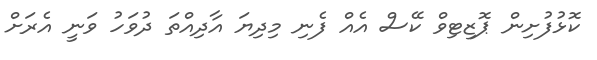
ކޮޅުފުށިން ޕޮޒިޓިވް ކޭސް އެއް ފެނި މިދިޔަ އާދިއްތަ ދުވަހު ވަނީ އެރަށް